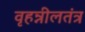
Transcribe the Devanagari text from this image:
वृहन्नीलतंत्र